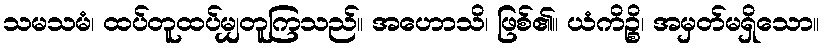
သမသမံ၊ ထပ်တူထပ်မျှတူကြသည်။ အဟောသိ၊ ဖြစ်၏။ ယံကိဉ္စိ၊ အမှတ်မရှိသော။